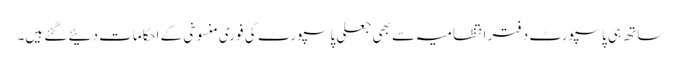
ساتھ ہی پاسپورٹ دفتر انتظامیہ سے بھی جعلی پاسپورٹ کی فوری منسوخی کے احکامات دئیے گئے ہیں۔